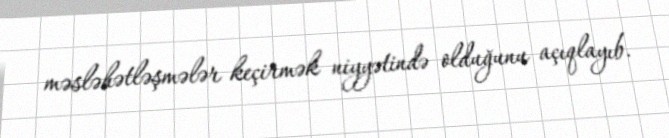
məsləhətləşmələr keçirmək niyyətində olduğunu açıqlayıb.